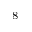
_ { 8 }